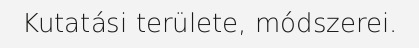
Kutatási területe, módszerei.